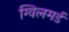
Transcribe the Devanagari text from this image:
ग्विलमर्ड